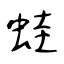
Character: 蛙